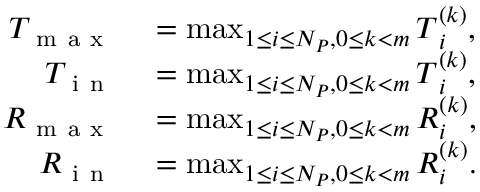
\begin{array} { r l } { T _ { \mathrm { ~ m ~ a ~ x ~ } } } & { { } = \operatorname* { m a x } _ { 1 \leq i \leq N _ { P } , 0 \leq k < m } \boldsymbol { T } _ { i } ^ { ( k ) } , } \\ { T _ { \mathrm { ~ i ~ n ~ } } } & { { } = \operatorname* { m a x } _ { 1 \leq i \leq N _ { P } , 0 \leq k < m } \boldsymbol { T } _ { i } ^ { ( k ) } , } \\ { R _ { \mathrm { ~ m ~ a ~ x ~ } } } & { { } = \operatorname* { m a x } _ { 1 \leq i \leq N _ { P } , 0 \leq k < m } \boldsymbol { R } _ { i } ^ { ( k ) } , } \\ { R _ { \mathrm { ~ i ~ n ~ } } } & { { } = \operatorname* { m a x } _ { 1 \leq i \leq N _ { P } , 0 \leq k < m } \boldsymbol { R } _ { i } ^ { ( k ) } . } \end{array}